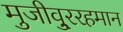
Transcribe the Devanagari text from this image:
मुजीवु्ररहमान